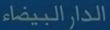
الدار-البيضاء